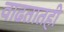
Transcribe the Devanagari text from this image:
वाढतातही